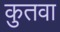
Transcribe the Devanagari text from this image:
कुतवा